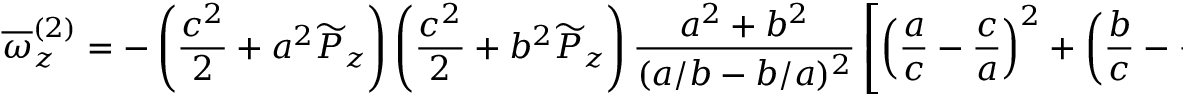
\overline { { \omega } } _ { z } ^ { ( 2 ) } = - \left( \frac { c ^ { 2 } } { 2 } + a ^ { 2 } \widetilde { P } _ { z } \right) \left( \frac { c ^ { 2 } } { 2 } + b ^ { 2 } \widetilde { P } _ { z } \right) \frac { a ^ { 2 } + b ^ { 2 } } { ( a / b - b / a ) ^ { 2 } } \left[ \left( \frac { a } { c } - \frac { c } { a } \right) ^ { 2 } + \left( \frac { b } { c } - \frac { c } { b } \right) ^ { 2 } \right]